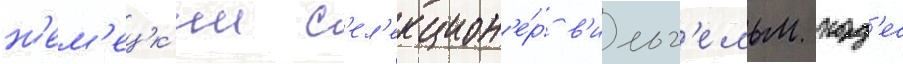
н'ем'ецк'ии с'ел'екцион'е́р в'ильг'ельм корд'ес